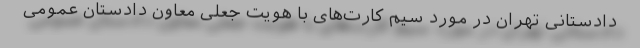
دادستانی تهران در مورد سیم کارت‌های با هویت جعلی معاون دادستان عمومی